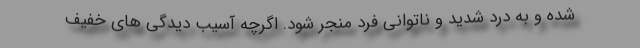
شده و به درد شدید و ناتوانی فرد منجر شود. اگرچه آسیب دیدگی های خفیف